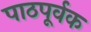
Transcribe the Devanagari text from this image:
पाठपूर्वक